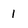
Character: 1